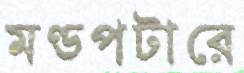
মণ্ডপটারে